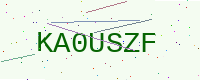
Text: KA0USZF